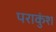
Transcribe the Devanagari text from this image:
पराकुंश